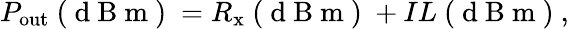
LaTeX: P_{\mathrm{out}}\mathrm{~(~d~B~m~)~}=R_{\mathrm{x}}\mathrm{~(~d~B~m~)~}+IL\mathrm{~(~d~B~m~)~},